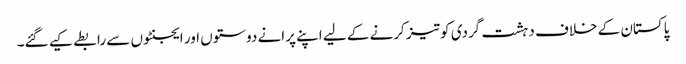
پاکستان کے خلاف دہشت گردی کو تیز کرنے کے لیے اپنے پرانے دوستوں اور ایجنٹوں سے رابطے کیے گئے۔